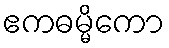
ဧကဓမ္မိကော